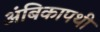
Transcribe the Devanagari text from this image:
अंबिकापथी